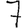
Digit: 7